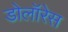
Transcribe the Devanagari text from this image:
डोलॉरेस